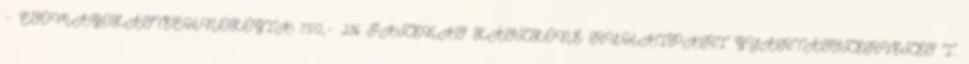
– CSOMAGOLÁSTECHNOLÓGIA 750,- 216 FAZEKAS LÁSZLÓNÉ RUHAIPARI GYÁRTÁSSZERVEZÉS I.